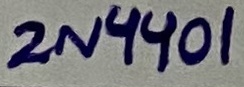
Text: 2N4401